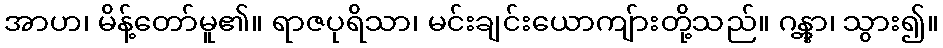
အာဟ၊ မိန့်တော်မူ၏။ ရာဇပုရိသာ၊ မင်းချင်းယောကျ်ားတို့သည်။ ဂန္တွာ၊ သွား၍။